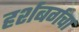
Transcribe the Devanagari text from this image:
हर्शबर्गचा